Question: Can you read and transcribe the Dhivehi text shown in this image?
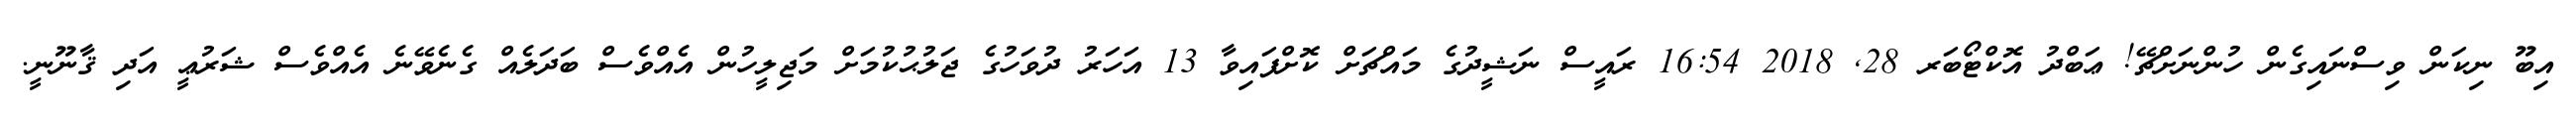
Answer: އިބޫ ނިކަން ވިސްނައިގެން ހުންނަށްޗޭ! ޢަބްދު އޮކްޓޯބަރ 28, 2018 16:54 ރައީސް ނަޝީދުގެ މައްޗަށް ކޮށްފައިވާ 13 އަހަރު ދުވަހުގެ ޖަލުޙުކުމަށް މަޖިލީހުން އެއްވެސް ބަދަލެއް ގެނެވޭނެ އެއްވެސް ޝަރުޢީ އަދި ޤާނޫނީ.